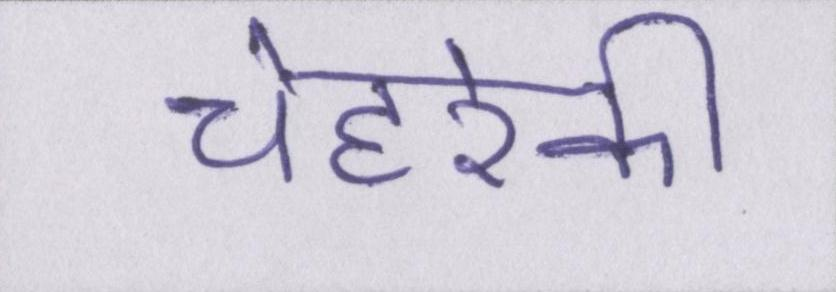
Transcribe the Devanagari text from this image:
चेहरेकी